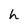
Character: h